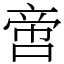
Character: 啻